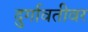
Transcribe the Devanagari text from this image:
दुर्गावतीवर